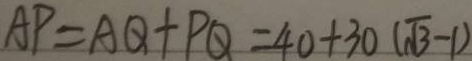
A P = A Q + P Q = 4 0 + 3 0 ( \sqrt { 3 } - 1 )